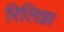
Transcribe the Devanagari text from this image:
रिलिझ